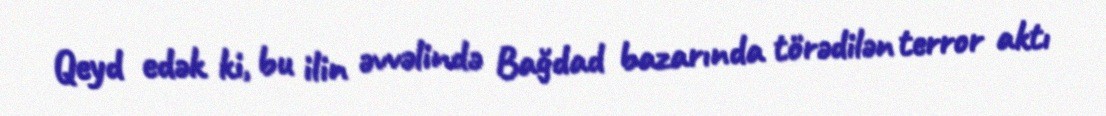
Qeyd edək ki, bu ilin əvvəlində Bağdad bazarında törədilən terror aktı